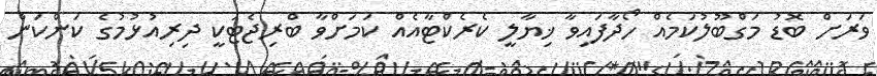
ވަރަށް ބޮޑު މަގްބޫލުކަމެއް ހޯދާފައިވާ ޚިޔާލީ ކެރެކްޓާއެއް ކަމަށްވާ ބްރިޖެޓަކީ ދިރިއުޅުމުގެ ކަންކަން